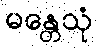
မန္တေသုံ